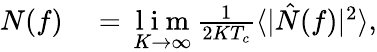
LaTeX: \begin{array}{rl}{N(f)}&{{}=\underset{K\rightarrow\infty}{\mathrm{~l~i~m~}}\frac{1}{2KT_{c}}\langle|\hat{N}(f)|^{2}\rangle,}\end{array}